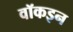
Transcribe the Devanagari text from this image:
वॉकइन